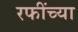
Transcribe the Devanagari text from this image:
रफींच्या